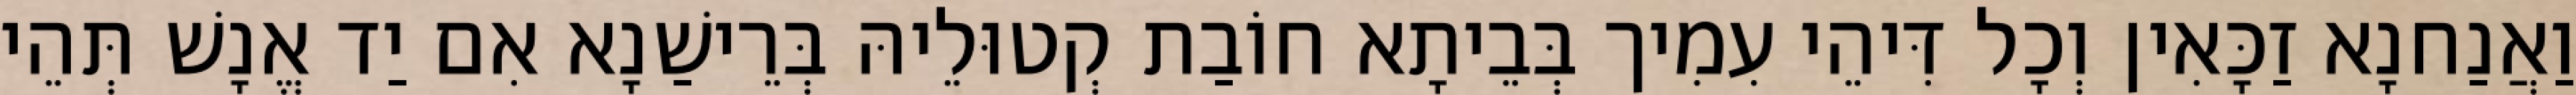
וַאֲנַחנָא זַכָּאִין וְכָל דִּיהֵי עִמִיך בְּבֵיתָא חוֹבַת קְטוּלֵיהּ בְּרֵישַׁנָא אִם יַד אֱנָשׁ תְּהֵי